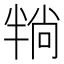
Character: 𪟶